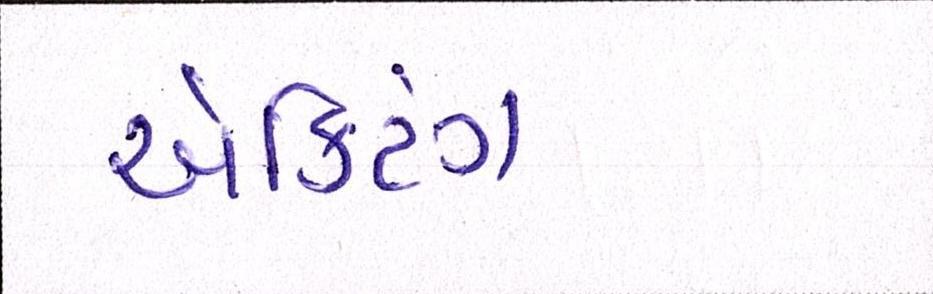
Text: ઍક્ટિંગ